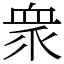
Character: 衆